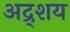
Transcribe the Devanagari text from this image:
अद्र्शय